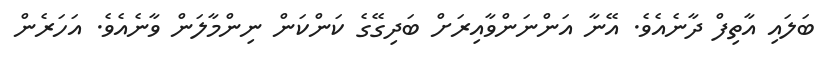
ބަލައި އާތިފް ދާނެއެވެ. އޭނާ އަންނަންވާއިރަށް ބަދިގޭގެ ކަންކަން ނިންމާލަން ވާނެއެވެ. އަހަރެން